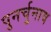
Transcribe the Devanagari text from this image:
पुनर्चुनाव